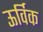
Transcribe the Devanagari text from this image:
ऊर्विक